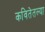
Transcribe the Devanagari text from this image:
कवितेतल्या